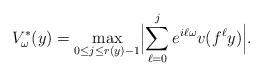
LaTeX: \begin{align*} V^*_\omega(y)=\max_{0\le j\le r(y)-1}\Bigl|\sum_{\ell=0}^je^{i\ell\omega}v(f^\ell y)\Bigr|.\end{align*}